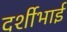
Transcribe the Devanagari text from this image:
दर्शीभाई